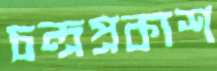
চন্দ্রপ্রকাশ